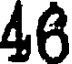
46